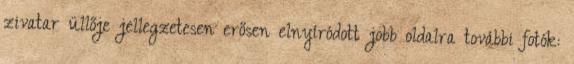
zivatar üllője jellegzetesen erősen elnyíródott jobb oldalra további fotók: